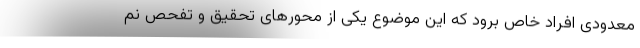
معدودی افراد خاص برود که این موضوع یکی از محورهای تحقیق و تفحص نم